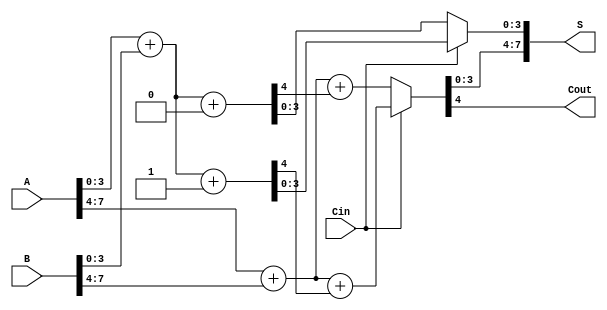
module multi_level_carry_select_adder (
    input  [7:0] A,      // First input
    input  [7:0] B,      // Second input
    input        Cin,     // Carry-in
    output [7:0] S,      // Sum output
    output       Cout     // Carry-out
);

// Internal wires for partial sums and carries
wire [7:0] S0, S1; // Sums when Cin = 0 and Cin = 1
wire C1, C2;       // Carry outputs from the first and second sections

// First block (LSB 4 bits)
assign {C1, S0[3:0]} = A[3:0] + B[3:0] + 0; // Sum assuming Cin = 0
assign {C2, S1[3:0]} = A[3:0] + B[3:0] + 1; // Sum assuming Cin = 1

// Second block (MSB 4 bits)
assign {Cout, S[7:4]} = (Cin == 0) ? (A[7:4] + B[7:4] + C1) : (A[7:4] + B[7:4] + C2);

// MUX to select the correct sum
assign S[3:0] = (Cin == 0) ? S0[3:0] : S1[3:0];

endmodule